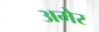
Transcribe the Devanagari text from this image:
अमेर